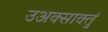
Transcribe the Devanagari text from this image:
उअक्साक्तुं